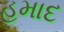
હમાદ